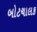
બોટચાલક